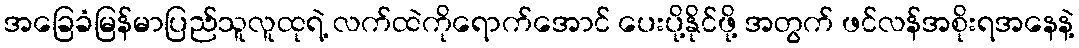
အခြေခံမြန်မာပြည်သူလူထုရဲ့ လက်ထဲကိုရောက်အောင် ပေးပို့နိုင်ဖို့ အတွက် ဖင်လန်အစိုးရအနေနဲ့